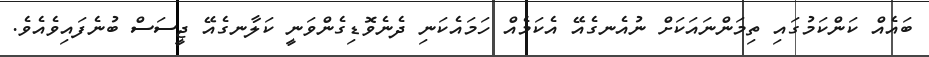
ބައެއް ކަންކަމުގައި ތިމަންނައަކަށް ނުއެނގެއޭ އެކަމެއް ހަމައެކަނި ދެނެވޮޑިގެންވަނީ ކަލާނގެއޭ ޖީސަސް ބުނެފައިވެއެވެ.